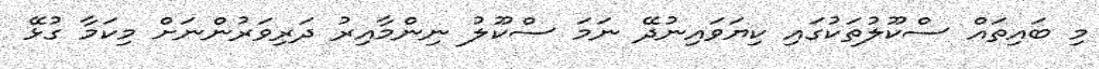
މި ބައިތައް ސްކޫލުތަކުގައި ކިޔަވައިނުދޭ ނަމަ ސްކޫލު ނިންމާއިރު ދަރިވަރުންނަށް މިކަމާ ގުޅޭ